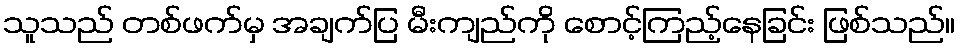
သူသည် တစ်ဖက်မှ အချက်ပြ မီးကျည်ကို စောင့်ကြည့်နေခြင်း ဖြစ်သည်။